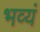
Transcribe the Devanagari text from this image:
भव्यं